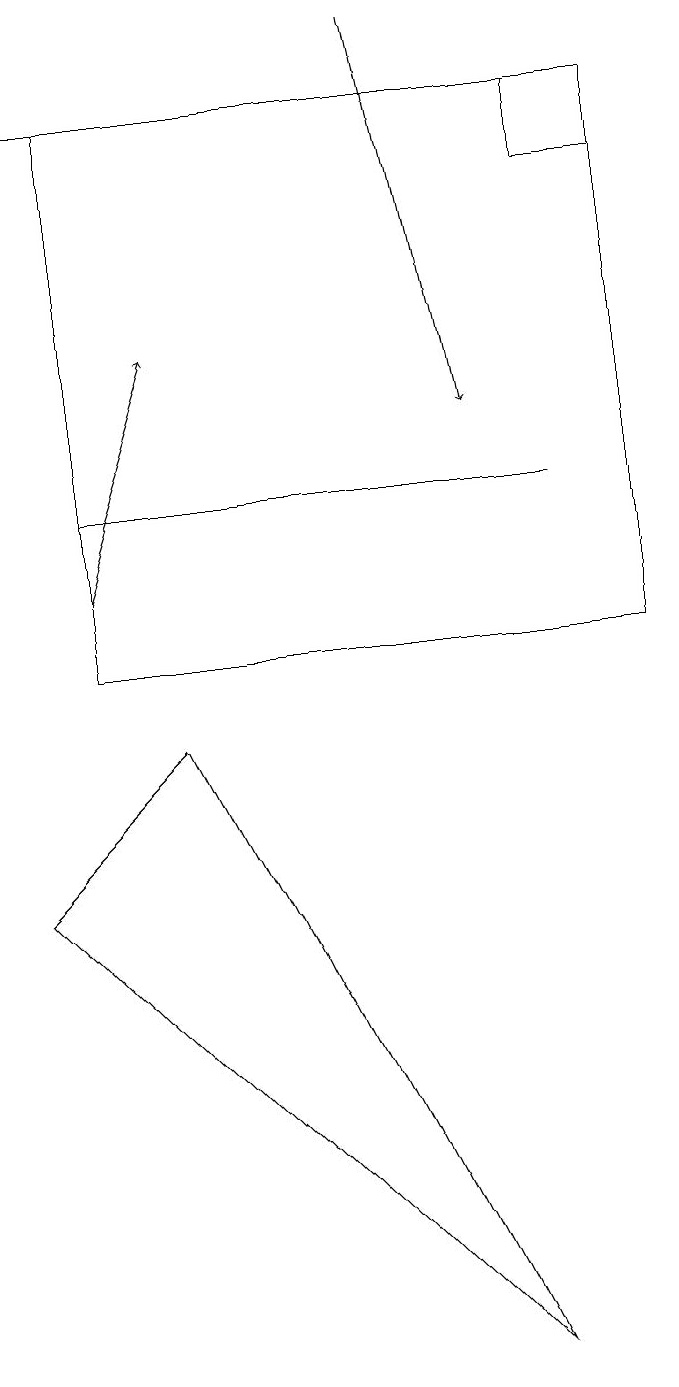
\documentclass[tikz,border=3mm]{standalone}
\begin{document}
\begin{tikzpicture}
\draw (6,1) -- (0,7) -- (2,9) -- cycle;
\draw[->] (5,17) -- (0,17);
\draw (8,16) rectangle (7,17);
\draw (1,12) rectangle (7,12);
\draw[->] (5,18) -- (6,13);
\draw[->] (1,11) -- (2,14);
\draw (8,10) rectangle (1,17);
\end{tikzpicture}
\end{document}